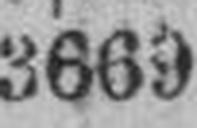
3669